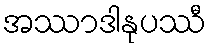
အဿာဒါနုပဿီ